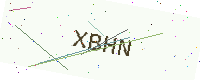
Text: XBHN